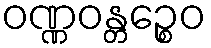
ဝဏ္ဏဝန္တဉ္စေဝ